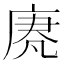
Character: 𫷵